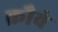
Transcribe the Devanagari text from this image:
क्रौवे